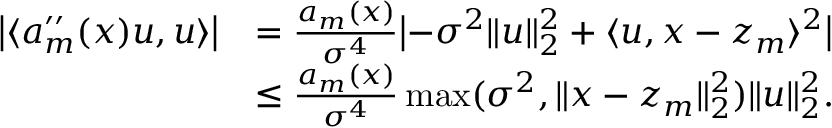
\begin{array} { r l } { \bigl | \langle a _ { m } ^ { \prime \prime } ( x ) u , u \rangle \bigr | } & { = \frac { a _ { m } ( x ) } { \sigma ^ { 4 } } \bigl | - \sigma ^ { 2 } \| u \| _ { 2 } ^ { 2 } + \langle u , x - z _ { m } \rangle ^ { 2 } \bigr | } \\ & { \leq \frac { a _ { m } ( x ) } { \sigma ^ { 4 } } \operatorname* { m a x } ( \sigma ^ { 2 } , \| x - z _ { m } \| _ { 2 } ^ { 2 } ) \| u \| _ { 2 } ^ { 2 } . } \end{array}